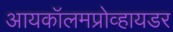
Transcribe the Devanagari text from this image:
आयकॉलमप्रोव्हायडर